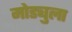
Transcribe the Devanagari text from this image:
मोड्युला